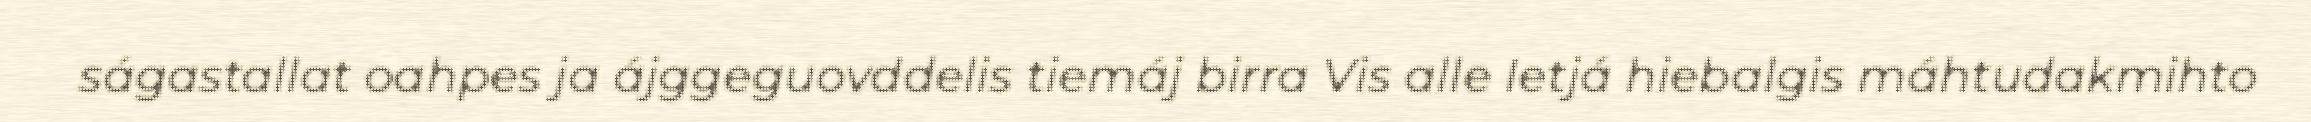
ságastallat oahpes ja ájggeguovddelis tiemáj birra Vis alle Ietjá hiebalgis máhtudakmihto